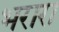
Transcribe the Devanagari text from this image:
भरारा